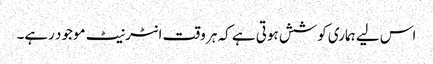
اس لیے ہماری کوشش ہوتی ہے کہ ہر وقت انٹرنیٹ موجود رہے۔